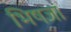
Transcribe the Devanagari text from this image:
भिषजां